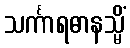
သင်္ကာရဓာနသ္မိံ